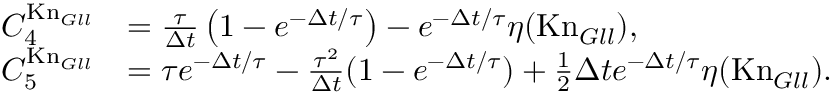
\begin{array} { r l } { C _ { 4 } ^ { \mathrm { K n } _ { G l l } } } & { = \frac { \tau } { \Delta t } \left( 1 - e ^ { - \Delta t / \tau } \right) - e ^ { - \Delta t / \tau } \eta ( \mathrm { K n } _ { G l l } ) , } \\ { C _ { 5 } ^ { \mathrm { K n } _ { G l l } } } & { = \tau e ^ { - \Delta t / \tau } - \frac { \tau ^ { 2 } } { \Delta t } ( 1 - e ^ { - \Delta t / \tau } ) + \frac 1 2 \Delta t e ^ { - \Delta t / \tau } \eta ( \mathrm { K n } _ { G l l } ) . } \end{array}